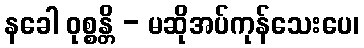
နခေါ ဝုစ္စန္တိ - မဆိုအပ်ကုန်သေးပေ၊